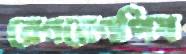
রেগরেগপিষ